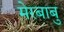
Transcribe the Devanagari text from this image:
मेरबाबु